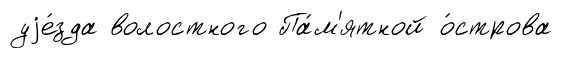
уjе́зда волостного Па́м'ятной о́строва